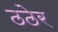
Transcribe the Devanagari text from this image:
ठठेर